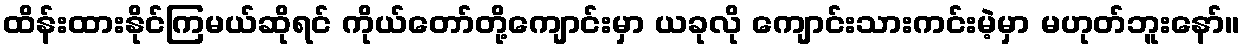
ထိန်းထားနိုင်ကြမယ်ဆိုရင် ကိုယ်တော်တို့ကျောင်းမှာ ယခုလို ကျောင်းသားကင်းမဲ့မှာ မဟုတ်ဘူးနော်။